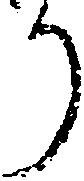
り